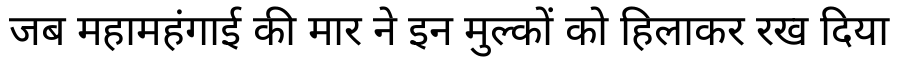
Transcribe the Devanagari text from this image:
जब महामहंगाई की मार ने इन मुल्कों को हिलाकर रख दिया